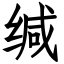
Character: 缄